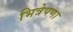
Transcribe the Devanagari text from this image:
भित्रेपणा